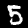
Label: 5